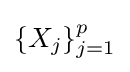
\{X_{j}\}_{j=1}^{p}